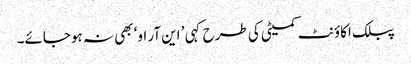
پبلک اکاؤنٹ کمیٹی کی طرح کہی ’ این آر او‘ بھی نہ ہوجائے۔